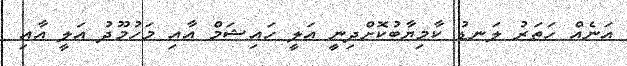
އަނެއް ހަތަރު ލަނޑު ކާމިޔާބުކޮށްދިނީ އަލީ ހައިޝަމް އާއި މަހުމޫދު އަލީ އާއި